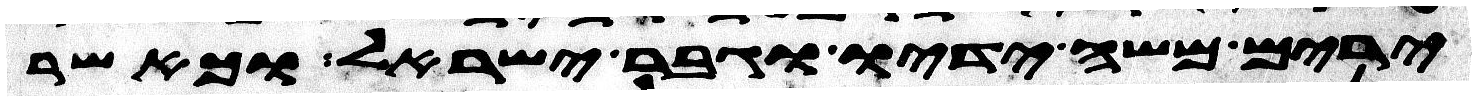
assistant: ירים משה ידיו וגבר ישראל וכאשר